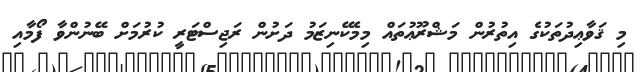
މި ޤަވާޢިދުތަކުގެ އިތުރުން މަޝްރޫޢުތައް މިމެކޭނިޒަމު ދަށުން ރަޖިސްޓަރީ ކުރުމަށް ބޭނުންވާ ފޯމާއި